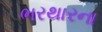
ભરથારના